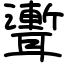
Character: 聻